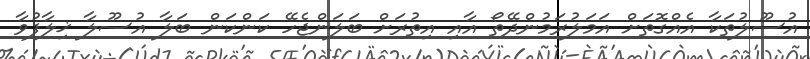
އުސޫލުތަކާ އެއްގޮތަށް އަމަލުރަމުންދޭތޯ އާއި އިތުރަށް ބަލަންޖެހޭ ކަންކަން ބަލާ އުސޫލާ ޚިލާފުވާ